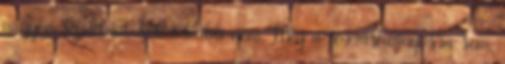
nagyon szoktam, sőt, inkább nem. Még a forráshiányosra sem,